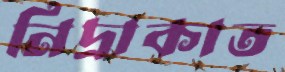
নিদ্রাকাত